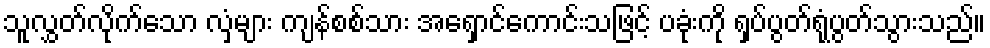
သူလွှတ်လိုက်သော လှံများ ကျန်စစ်သား အရှောင်ကောင်းသဖြင့် ပခုံးကို ရှပ်ပွတ်ရုံပွတ်သွားသည်။